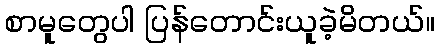
စာမူတွေပါ ပြန်တောင်းယူခဲ့မိတယ်။